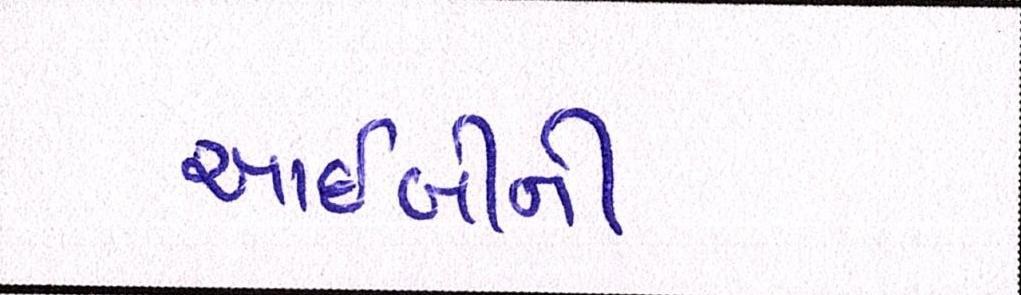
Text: આઈબીની